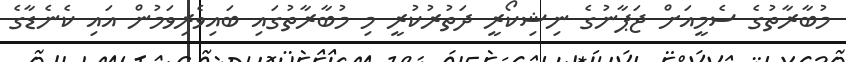
މުބާރާތުގެ ސެމީއަށް ޖަޕާނުގެ ނިޝިކޯރީ ދަތުރުކުރީ މި މުބާރާތުގައި ބައިވެރިވަމުން އައި ކެނެޑާގެ